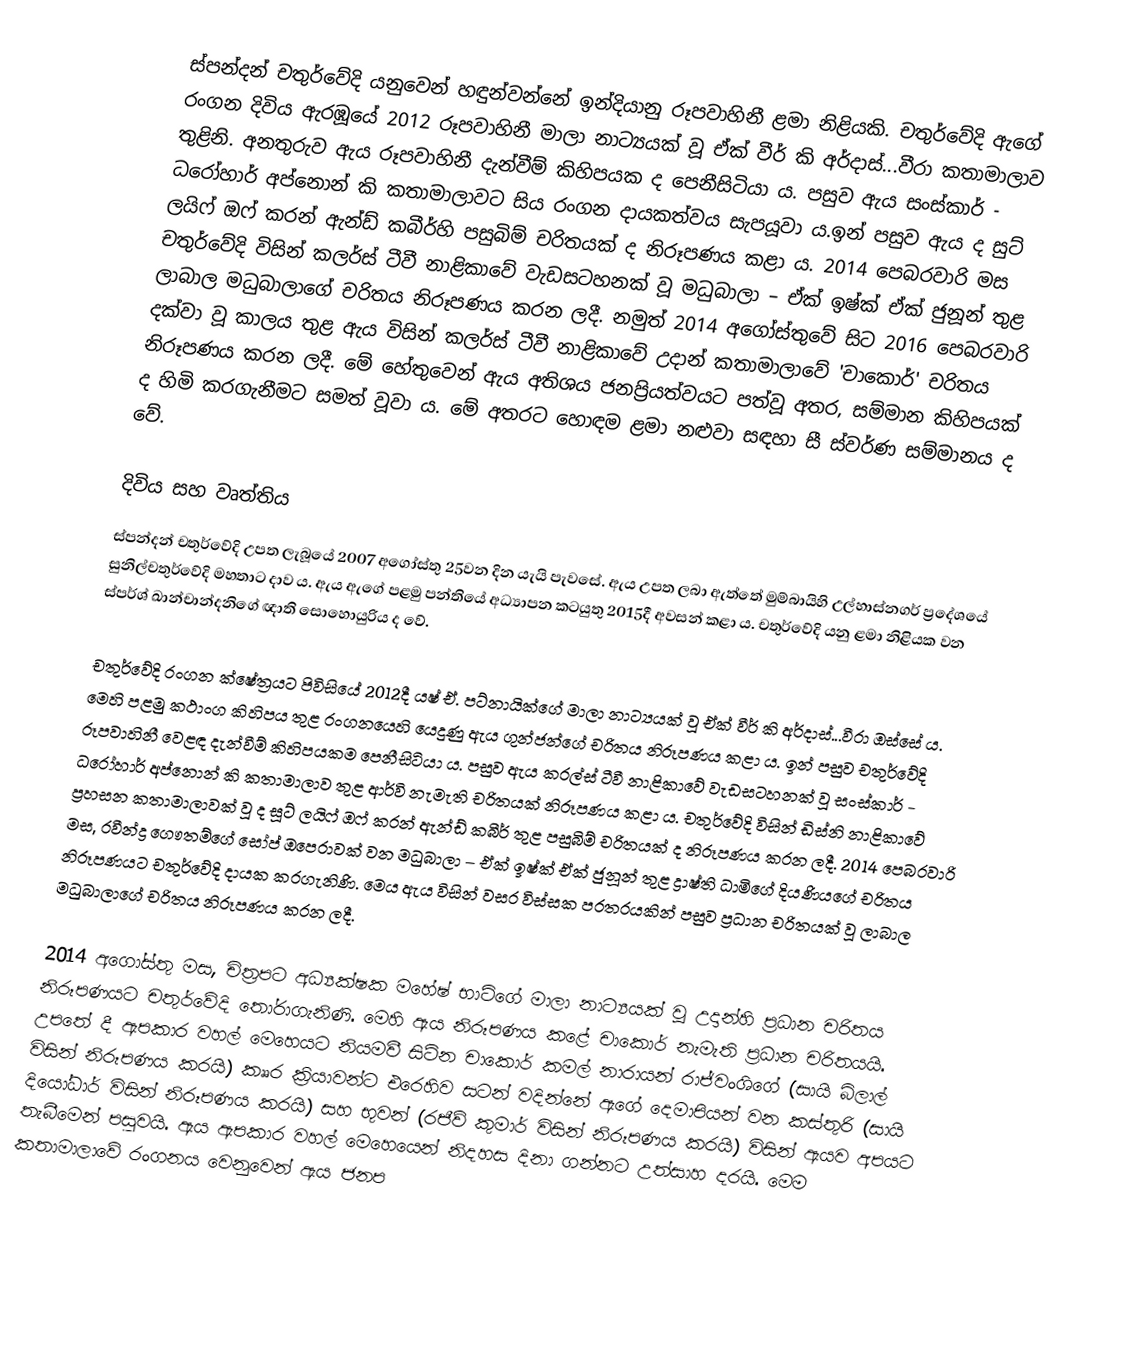
ස්පන්දන් චතුර්වේදි යනුවෙන් හඳුන්වන්නේ ඉන්දියානු රූපවාහිනී ළමා නිළියකි. චතුර්වේදි ඇගේ රංගන දිවිය ඇරඹූයේ 2012 රූපවාහිනී මාලා නාට්‍යයක් වූ ඒක් වීර් කි අර්දාස්...වීරා කතාමාලාව තුළිනි. අනතුරුව ඇය රූපවාහිනී දැන්වීම් කිහිපයක ද පෙනීසිටියා ය. පසුව ඇය සංස්කාර් - ධරෝහාර් අප්නොන් කි කතාමාලාවට සිය රංගන දායකත්වය සැපයූවා ය.ඉන් පසුව ඇය ද සුට් ලයිෆ් ඔෆ් කරන් ඇන්ඩ් කබීර්හි පසුබිම් චරිතයක් ද නිරූපණය කළා ය. 2014 පෙබරවාරි මස චතුර්වේදි විසින් කලර්ස් ටීවී නාළිකාවේ වැඩසටහනක් වූ මධුබාලා – ඒක් ඉෂ්ක් ඒක් ජුනූන් තුළ ලාබාල මධුබාලාගේ චරිතය නිරූපණය කරන ලදී. නමුත් 2014 අගෝස්තුවේ සිට 2016 පෙබරවාරි දක්වා වූ කාලය තුළ ඇය විසින් කලර්ස් ටීවී නාළිකාවේ උදාන් කතාමාලාවේ 'චාකොර්' චරිතය නිරූපණය කරන ලදී. මේ හේතුවෙන් ඇය අතිශය ජනප්‍රියත්වයට පත්වූ අතර, සම්මාන කිහිපයක් ද හිමි කරගැනීමට සමත් වූවා ය. මේ අතරට හොඳම ළමා නළුවා සඳහා සී ස්වර්ණ සම්මානය ද වේ.

දිවිය සහ වෘත්තිය
ස්පන්දන් චතුර්වේදි උපත ලැබූයේ 2007 අගෝස්තු 25වන දින යැයි පැවසේ. ඇය උපත ලබා ඇත්තේ මුම්බායිහි උල්හාස්නගර් ප්‍රදේශයේ සුනිල්චතුර්වේදි මහතාට දාව ය. ඇය ඇගේ පළමු පන්තියේ අධ්‍යාපන කටයුතු 2015දී අවසන් කළා ය. චතුර්වේදි යනු ළමා නිළියක වන ස්පර්ශ් ඛාන්චාන්දනිගේ ඥාති සොහොයුරිය ද වේ.

චතුර්වේදි රංගන ක්ෂේත්‍රයට පිවිසියේ 2012දී යෂ් ඒ. පට්නායික්ගේ මාලා නාට්‍යයක් වූ ඒක් වීර් කි අර්දාස්...වීරා ඔස්සේ ය. මෙහි පළමු කථාංග කිහිපය තුළ රංගනයෙහි යෙදුණු ඇය ගුන්ජන්ගේ චරිතය නිරූපණය කළා ය. ඉන් පසුව චතුර්වේදි රූපවාහිනී වෙළඳ දැන්වීම් කිහිපයකම පෙනීසිටියා ය. පසුව ඇය කරල්ස් ටීවී නාළිකාවේ වැඩසටහනක් වූ සංස්කාර් - ධරෝහාර් අප්නොන් කි කතාමාලාව තුළ ආර්වි නැමැති චරිතයක් නිරූපණය කළා ය. චතුර්වේදි විසින් ඩිස්නි නාළිකාවේ ප්‍රහසන කතාමාලාවක් වූ ද සූට් ලයිෆ් ඔෆ් කරන් ඇන්ඩ් කබීර් තුළ පසුබිම් චරිතයක් ද නිරූපණය කරන ලදී. 2014 පෙබරවාරි මස, රවීන්ද්‍ර ගෞතම්ගේ සෝප් ඔපෙරාවක් වන මධුබාලා – ඒක් ඉෂ්ක් ඒක් ජුනූන් තුළ ද්‍රාෂ්ති ධාමිගේ දියණියගේ චරිතය නිරූපණයට චතුර්වේදි දායක කරගැනිණි. මෙය ඇය විසින් වසර විස්සක පරතරයකින් පසුව ප්‍රධාන චරිතයක් වූ ලාබාල මධුබාලාගේ චරිතය නිරූපණය කරන ලදී.

2014 අගෝස්තු මස, චිත්‍රපට අධ්‍යක්ෂක මහේෂ් භාට්ගේ මාලා නාට්‍යයක් වූ උදාන්හි ප්‍රධාන චරිතය නිරූපණයට චතුර්වේදි තෝරාගැනිණි. මෙහි ඇය නිරූපණය කළේ චාකොර් නැමැති ප්‍රධාන චරිතයයි. උපතේ දී ඇපකාර වහල් මෙහෙයට නියමවී සිටින චාකොර් කමල් නාරායන් රාජ්වංශි‍ගේ (සායි බිලාල් විසින් නිරූපණය කරයි) කෲර ක්‍රියාවන්ට එරෙහිව සටන් වදින්නේ ඇගේ දෙමාපියන් වන කස්තුරි (සායි දියෝධාර් විසින් නිරූපණය කරයි) සහ භුවන් (රජීව් කුමාර් විසින් නිරූපණය කරයි) විසින් ඇයව අපයට තැබීමෙන් පසුවයි. ඇය ඇපකාර වහල් මෙහෙයෙන් නිදහස දිනා ගන්නට උත්සාහ දරයි. මෙම කතාමාලාවේ රංගනය වෙනුවෙන් ඇය ජනප